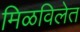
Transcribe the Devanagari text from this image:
मिळविलेत